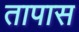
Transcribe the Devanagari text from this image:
तापास